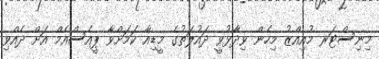
މިނިސްޓަރ މުއިއްޒު މިހެން ވިދާޅުވީ ދައުލަތުގެ މީޑިއާ ކަމަށްވާ ޕީއެސްއެމް އަށް ދެއްވި